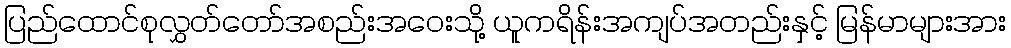
ပြည်ထောင်စုလွှတ်တော်အစည်းအဝေးသို့ ယူကရိန်းအကျပ်အတည်းနှင့် မြန်မာများအား